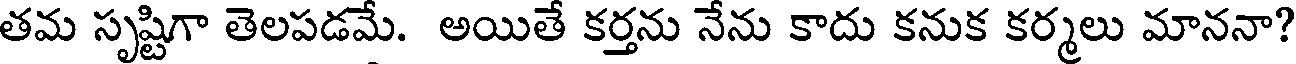
తమ సృష్టిగా తెలపడమే. అయితే కర్తను నేను కాదు కనుక కర్మలు మాననా?